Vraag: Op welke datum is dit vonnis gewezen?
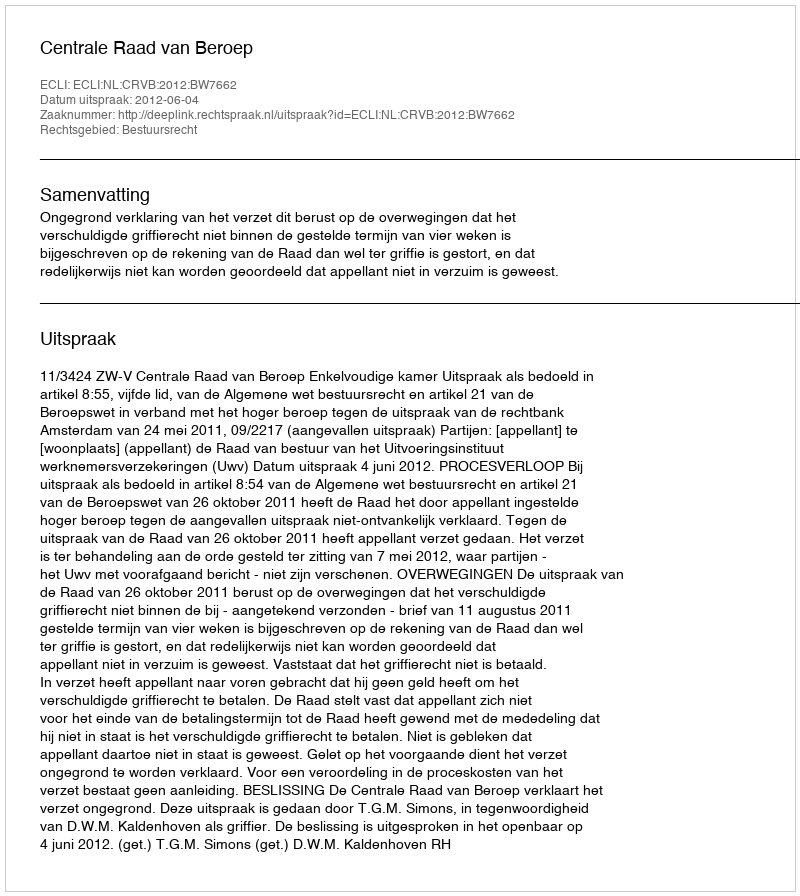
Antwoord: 2012-06-04